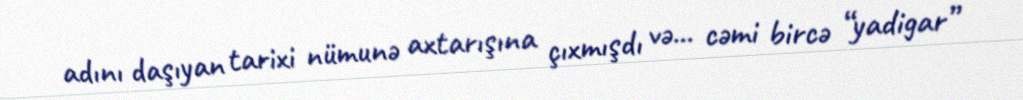
adını daşıyan tarixi nümunə axtarışına çıxmışdı və... cəmi bircə “yadigar”